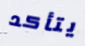
يتأكد